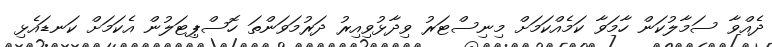
ދެއްވާ ސަމާލުކަން ހާމަވާ ކަމެއްކަމަށް މިނިސްޓަރު ވިދާޅުވިއިރު ދަރުމަވަންތަ ހޮސްޕިޓަލުން އެކަމަށް ކަނޑައެޅި